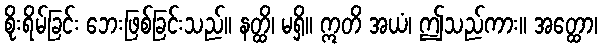
စိုးရိမ်ခြင်း ဘေးဖြစ်ခြင်းသည်။ နတ္ထိ၊ မရှိ။ ဣတိ အယံ၊ ဤသည်ကား။ အတ္ထော၊